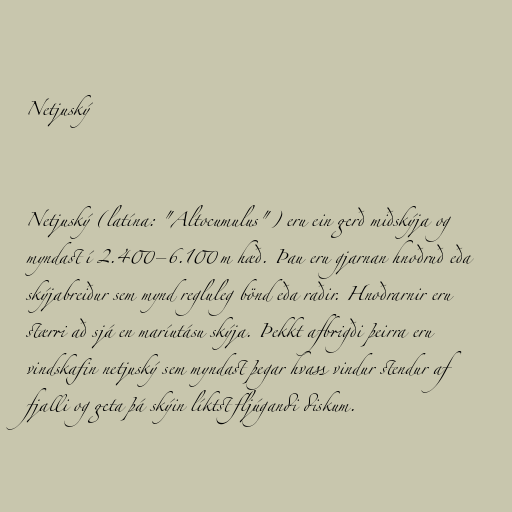
Netjuský

Netjuský (latína: "Altocumulus") eru ein gerð miðskýja og
myndast í 2.400–6.100 m hæð. Þau eru gjarnan hnoðruð eða
skýjabreiður sem mynd regluleg bönd eða raðir. Hnoðrarnir eru
stærri að sjá en maríutásu skýja. Þekkt afbrigði þeirra eru
vindskafin netjuský sem myndast þegar hvass vindur stendur af
fjalli og geta þá skýin líktst fljúgandi diskum.